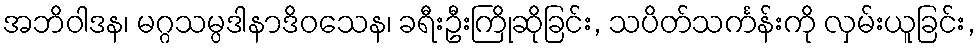
အဘိဝါဒန၊ မဂ္ဂသမ္ပဒါနာဒိဝသေန၊ ခရီးဦးကြိုဆိုခြင်း, သပိတ်သင်္ကန်းကို လှမ်းယူခြင်း,